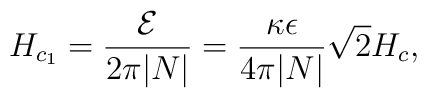
H_{c_1}={{\cal E}\over 2\pi|N|}={\kappa\epsilon\over 4\pi|N|}\sqrt{2}H_{c},